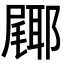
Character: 𮠎